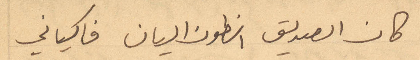
كان الصديق انطون اليان فاكياني